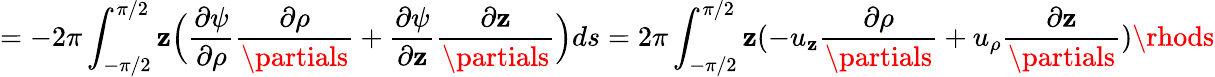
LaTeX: =-2\pi\int_{-\pi/2}^{\pi/2}\mathbf{z}\Big(\frac{{\partial\psi}}{{\partial\rho}}\frac{{\partial\rho}}{{\partials}}+\frac{{\partial\psi}}{{\partial\mathbf{z}}}\frac{{\partial\mathbf{z}}}{{\partials}}\Big)ds=2\pi\int_{-\pi/2}^{\pi/2}\mathbf{z}(-u_{\mathbf{z}}\frac{{\partial\rho}}{{\partials}}+u_{\rho}\frac{{\partial\mathbf{z}}}{{\partials}})\rhods